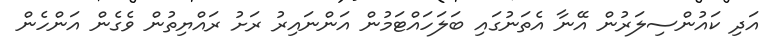
އަދި ކައުންސިލަރުން އޭނާ އެތަނުގައި ބަލަހައްޓަމުން އަންނައިރު ރަށު ރައްޔިތުން ވެގެން އަންހެން